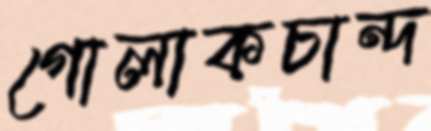
গোলাকচান্দ